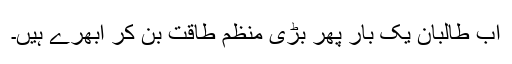
اب طالبان یک بار پھر بڑی منظم طاقت بن کر ابھرے ہیں۔